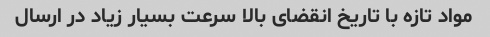
مواد تازه با تاریخ انقضای بالا سرعت بسیار زیاد در ارسال